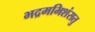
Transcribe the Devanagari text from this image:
भद्रमभिशंसतु